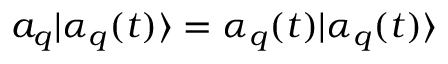
a _ { q } | \alpha _ { q } ( t ) \rangle = \alpha _ { q } ( t ) | \alpha _ { q } ( t ) \rangle